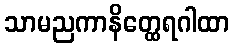
သာမညကာနိတ္ထေရဂါထာ